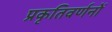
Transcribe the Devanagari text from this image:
प्रकृतिवर्णनों